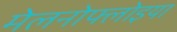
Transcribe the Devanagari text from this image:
मेलनोफ्लोइया